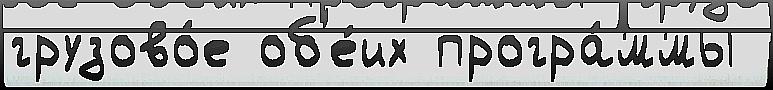
грузово́е об'е́их програ́ммы